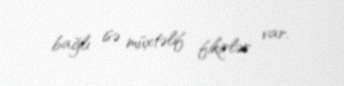
bağlı isə müxtəlif fikirlər var.